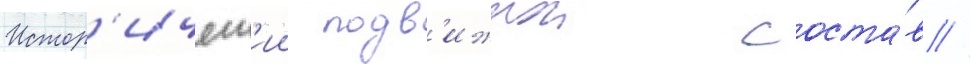
Истор'ическ'ии подв'ижнои соста́в //